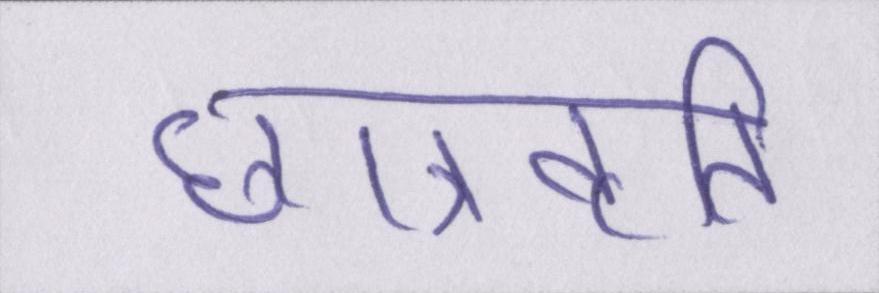
छात्रवृति